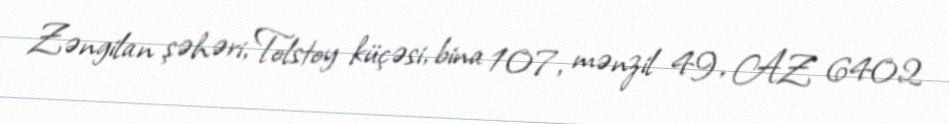
Zəngilan şəhəri, Tolstoy küçəsi, bina 107, mənzil 49, AZ 6402